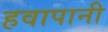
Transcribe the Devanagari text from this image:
हवापानी